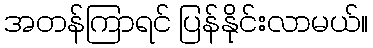
အတန်ကြာရင် ပြန်နိုင်းလာမယ်။